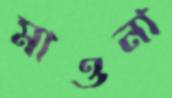
মাওনা